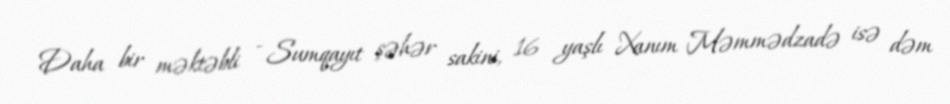
Daha bir məktəbli - Sumqayıt şəhər sakini, 16 yaşlı Xanım Məmmədzadə isə dəm